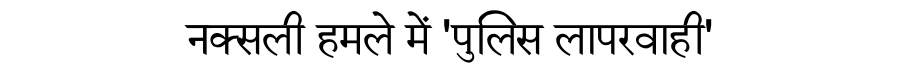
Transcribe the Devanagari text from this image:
नक्सली हमले में 'पुलिस लापरवाही'